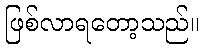
ဖြစ်လာရတော့သည်။